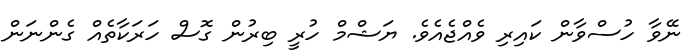
ނޭވާ ހުސްވާން ކައިރި ވެއްޖެއެވެ. ޔަޝްމް ހުރީ ބިރުން ގޮސް ހަރަކާތެއް ގެންނަން